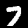
Digit: 7